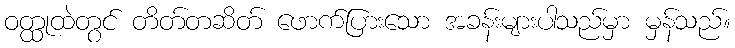
ဝတ္ထုထဲတွင် တိတ်တဆိတ် ဖောက်ပြားသော အခန်းများပါသည်မှာ မှန်သည်။